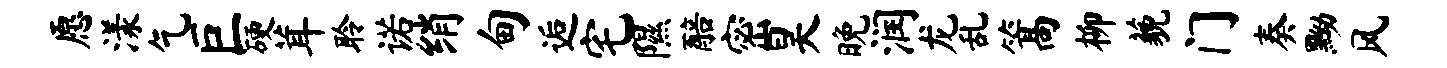
愿漾乞巨硬茸聆诺绡甸逅宅隰醅密昊晚润龙乱篙柳藐门奏黝风